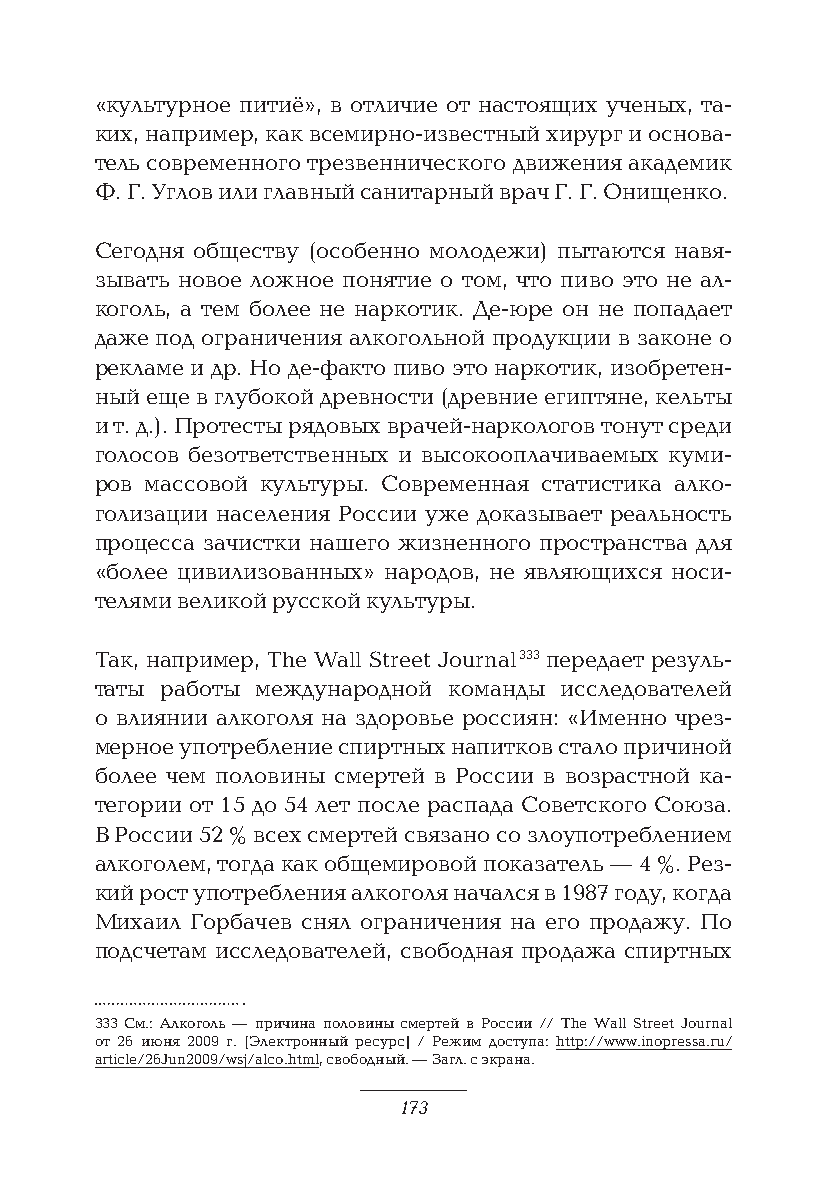
«культурное питиё», в отличие от настоящих ученых, та-
 ких, например, как всемирно-известный хирург и основа-
 тель современного трезвеннического движения академик
 Ф. Г. Углов или главный санитарный врач Г. Г. Онищенко.
 Сегодня обществу (особенно молодежи) пытаются навя-
 зывать новое ложное понятие о том, что пиво это не ал-
 коголь, а тем более не наркотик. Де-юре он не попадает
 даже под ограничения алкогольной продукции в законе о
 рекламе и др. Но де-факто пиво это наркотик, изобретен-
 ный еще в глубокой древности (древние египтяне, кельты
 и т. д.). Протесты рядовых врачей-наркологов тонут среди
 голосов безответственных и высокооплачиваемых куми-
 ров массовой культуры. Современная статистика алко-
 голизации населения России уже доказывает реальность
 процесса зачистки нашего жизненного пространства для
 «более цивилизованных» народов, не являющихся носи-
 телями великой русской культуры.
 Так, например, The Wall Street Journal 333 передает резуль-
 таты работы международной команды исследователей
 о влиянии алкоголя на здоровье россиян: «Именно чрез-
 мерное употребление спиртных напитков стало причиной
 более чем половины смертей в России в возрастной ка-
 тегории от 15 до 54 лет после распада Советского Союза.
 В России 52 % всех смертей связано со злоупотреблением
 алкоголем, тогда как общемировой показатель — 4 %. Рез-
 кий рост употребления алкоголя начался в 1987 году, когда
 Михаил Горбачев снял ограничения на его продажу. По
 подсчетам исследователей, свободная продажа спиртных
 333 См.: Алкоголь — причина половины смертей в России // The Wall Street Journal
 от 26 июня 2009 г. [Электронный ресурс] / Режим доступа: http://www.inopressa.ru/
 article/26Jun2009/wsj/alco.html, свободный. — Загл. с экрана.
 173